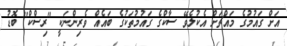
އަށް ގައުމުގެ މައްޗަށް އެކުލެވޭ ސާކްގެ ގައުމުތަކުގެ ބައެއް ވެރިންނަކީ "ރިސްކް" ބޮޑު